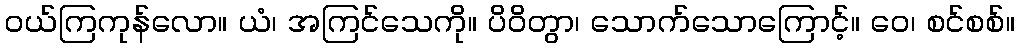
ဝယ်ကြကုန်လော။ ယံ၊ အကြင်သေကို။ ပိဝိတွာ၊ သောက်သောကြောင့်။ ဝေ၊ စင်စစ်။